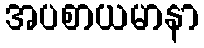
အပစာယမာနာ